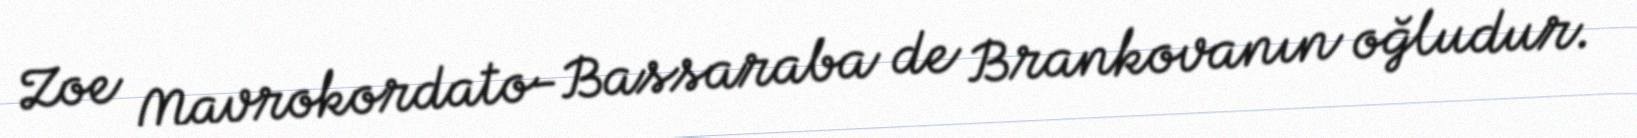
Zoe Mavrokordato-Bassaraba de Brankovanın oğludur.